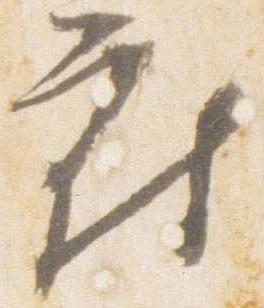
府